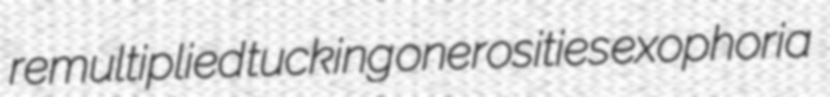
remultiplied tucking onerosities exophoria